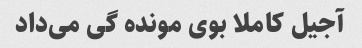
آجیل کاملا بوی مونده گی می‌داد